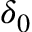
\delta _ { 0 }